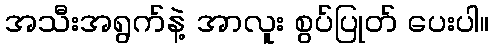
အသီးအရွက်နဲ့ အာလူး စွပ်ပြုတ် ပေးပါ။